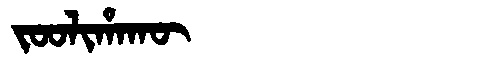
Manchu: ᠵᠣᠣᠯᡳᡥᠠᡴᡡ
Romanization: JOOLIHAKŪ